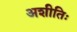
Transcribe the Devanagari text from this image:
अशीतिः